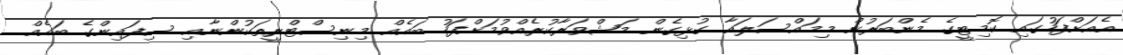
އެއަށްފަހުގައި ކޮމިޓީގެ މެންބަރުން މިމައްސަލައާ ގުޅިގެން މަޝްވަރާކުރެއްވުމަށްފަހު ބައެއް މިނިސްޓްރީތަކުންނާއި ސިފައިންގެ ބައެއް